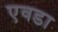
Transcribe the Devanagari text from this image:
एवडा